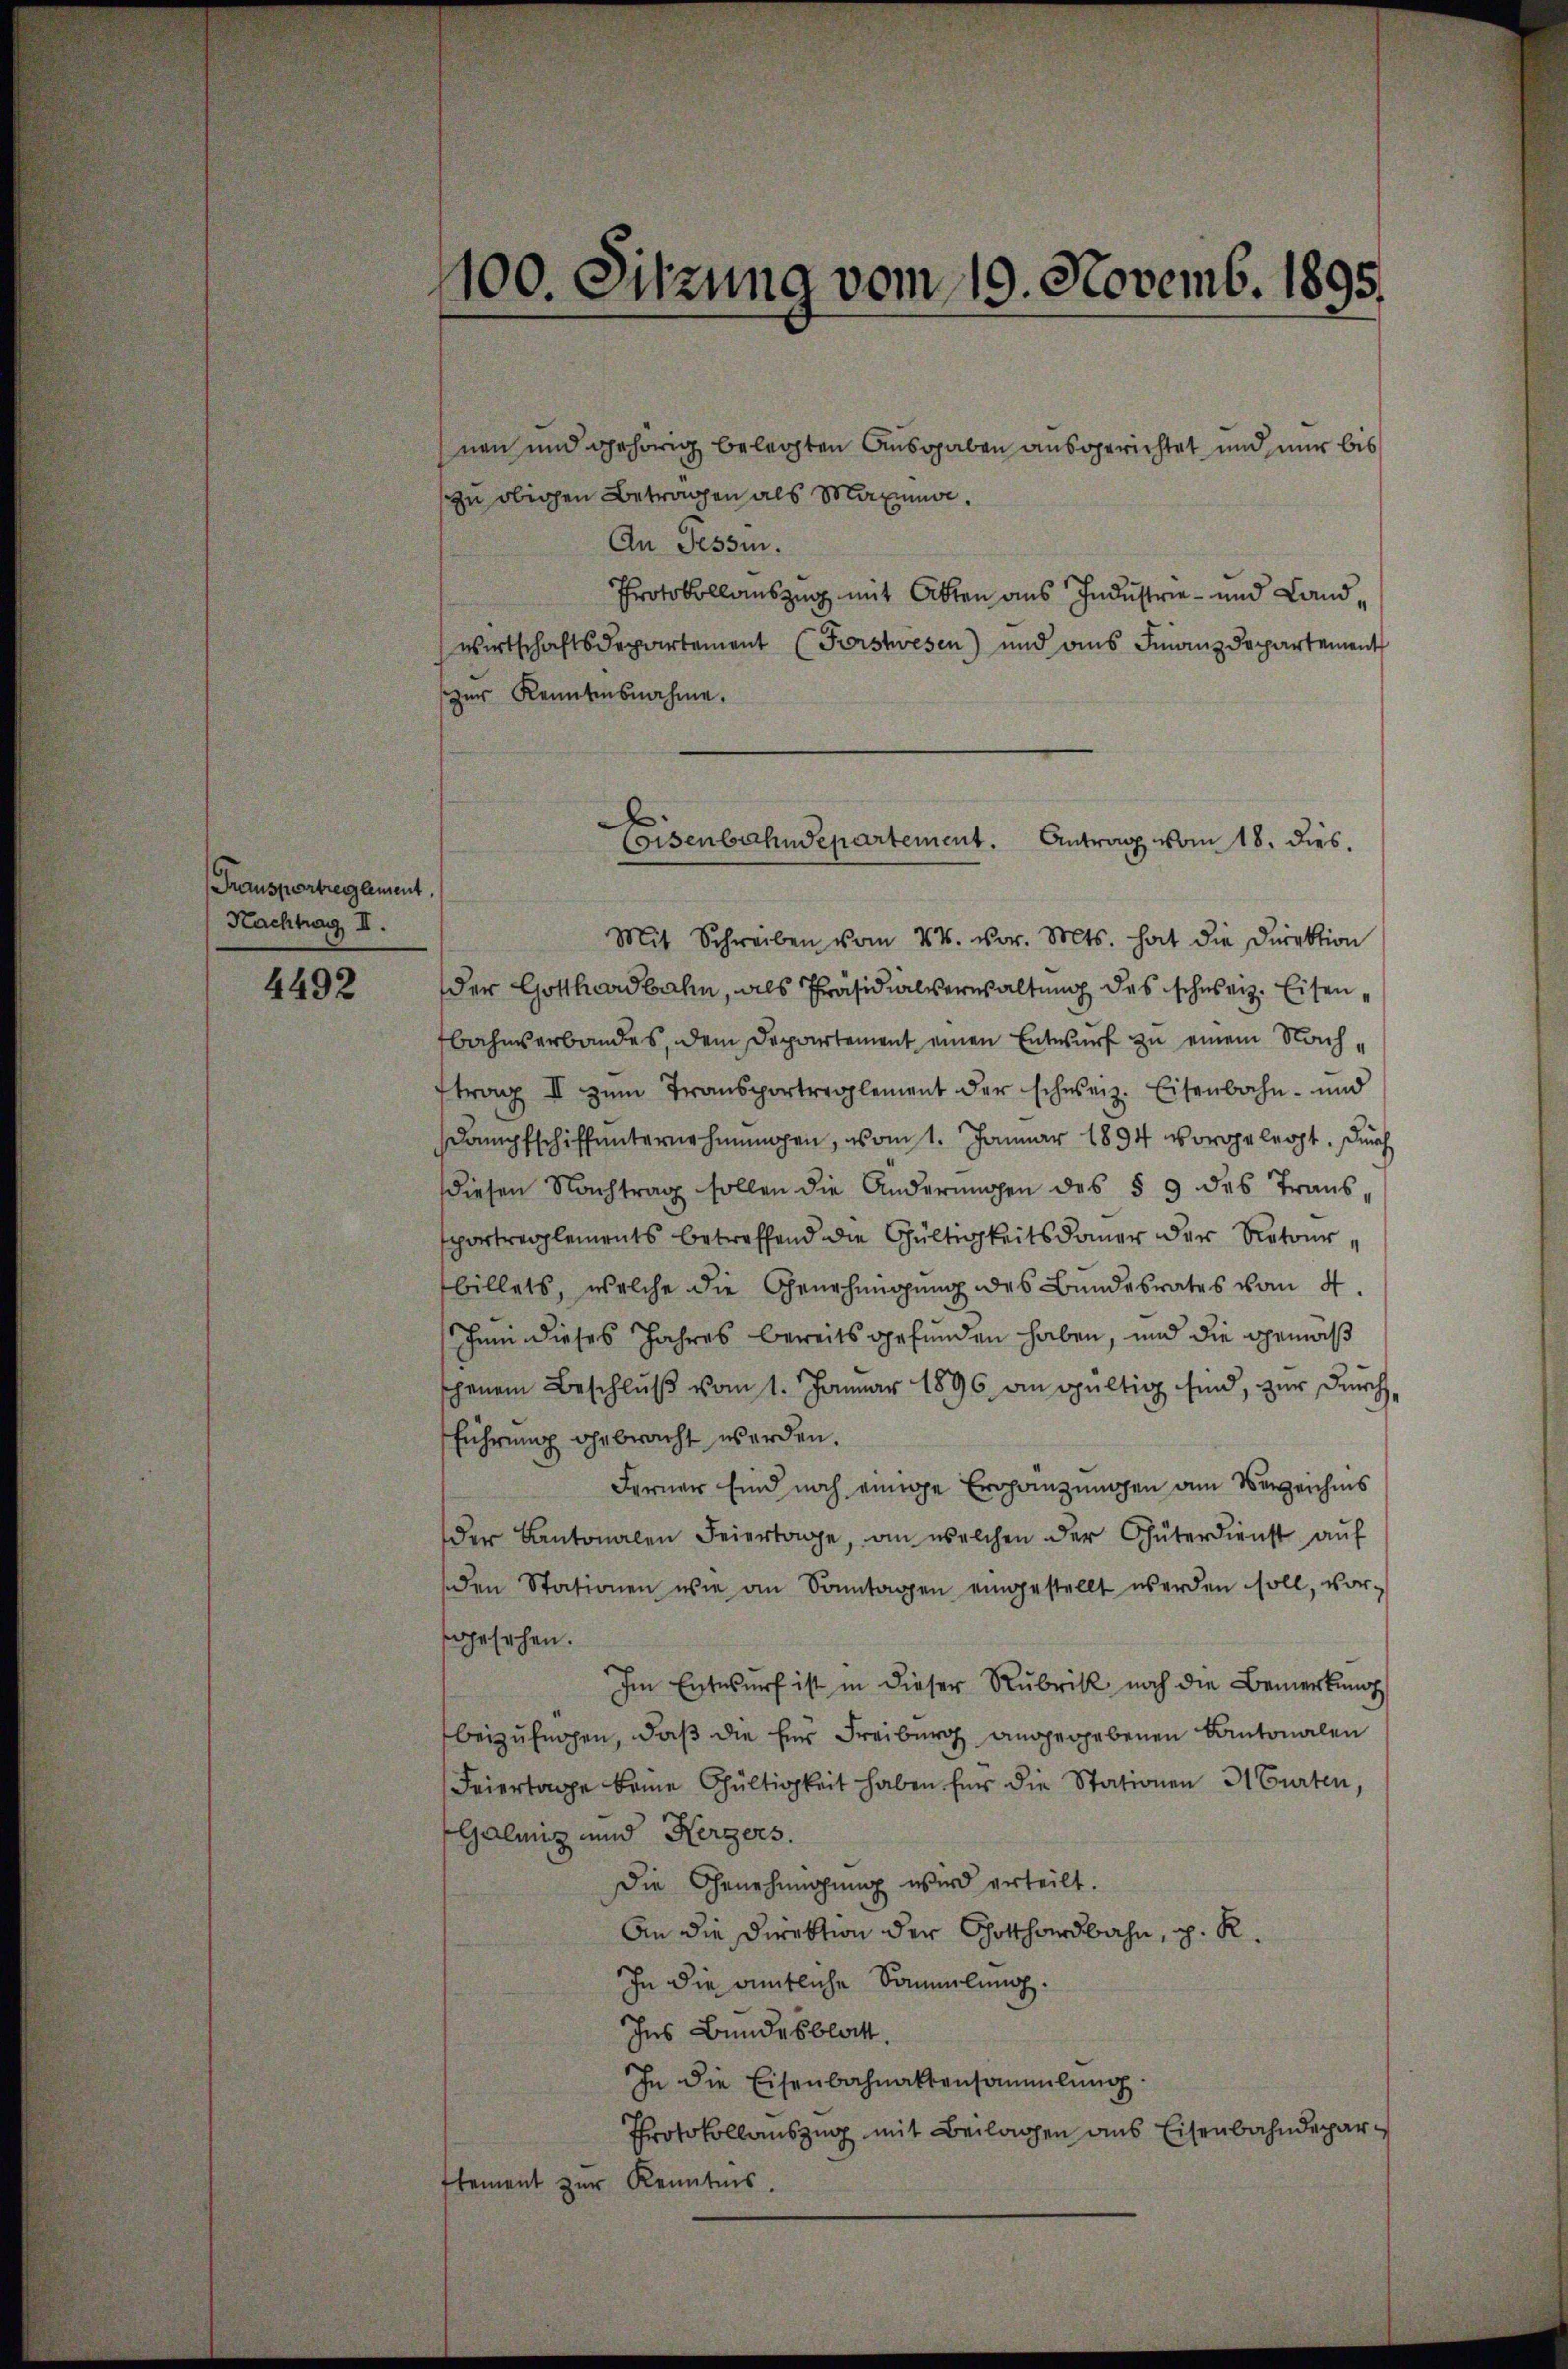
Transportreglement.
Hachtrag II.

4492

100. Sitzung vom 10. Novemb. 1895.

nen und gehörig belegten Ausgaben ausgerichtet und nur bis
zu obigen Betragen als Maxima.
An Tessin.
Protokollauszug mit Akten aus Industrie - und Landwirtschaftsdepartement (Forstwesen) und aus Finanzdepartement
zur Kenntnisnahme.
Mit Schreiben vom 24. vor. Mts. hat die Direktion
der Gotthardbahn, als Präsidialverwaltung des schweiz. Eisenbahnserbandes, dem Departement einen Entwurf zu einem Nachtrag II zum Transportreglement der schweiz. Eisenbahn- und
Dampfschiffunternehmmagen, vom 1. Januar 1894 vorgelegt. Durch
diesen Nachtrag sollen die Anderungen des § 9 des Trans-
sportreglements betreffend die Gültigkeitsdauer der Retourbillets, welche die Genehmigung des Bundesrates vom 4.
hum dieses Jahres bereits gefunden haben, und die gemäß
jenem Beschluß vom 1. Januar 1896 an gültig sind, zur durchführung gebracht werden.
Ferner sind noch einige Ergänzungen am Verzeichnis
der Kantonalen Feiertage, an welchen der Güterdienst auf
den Stationen wie an Sonntagen eingestellt werden soll, vor-
sgesehen.
Im Entwurf ist in dieser Rubrik noch die Bemerkung
beizufügen, daß die Eins Freiburg angeggebenen Kantonalen
Feiertage keine Gültigkeit haben für die Stationen Murten,
Galanz und Hergers.
Die Genehmigung wird erteilt.
An die Direktion der Gotthardbahn, p. R.
In die amtliche Sammlung.
Ins Bundesblatt.
In die Eisenbahnaktensammlung.
Protokollauszug mit Beilagen aus Eisenbahndepar
Element zur Kenntnis.

Coisenbahndepartement. Antrag vom 18. dies.